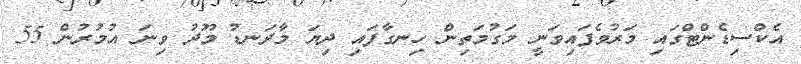
އެކްސިޑެންޓްގައި މަރުވެފައިވަނީ މަގުމަތިން ހިނގާފައި ދިޔަ މާދަނޑު މޫދު ވިނަ އުމުރުން 55